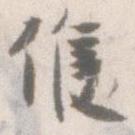
候